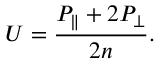
U = \frac { P _ { \parallel } + 2 P _ { \perp } } { 2 n } .